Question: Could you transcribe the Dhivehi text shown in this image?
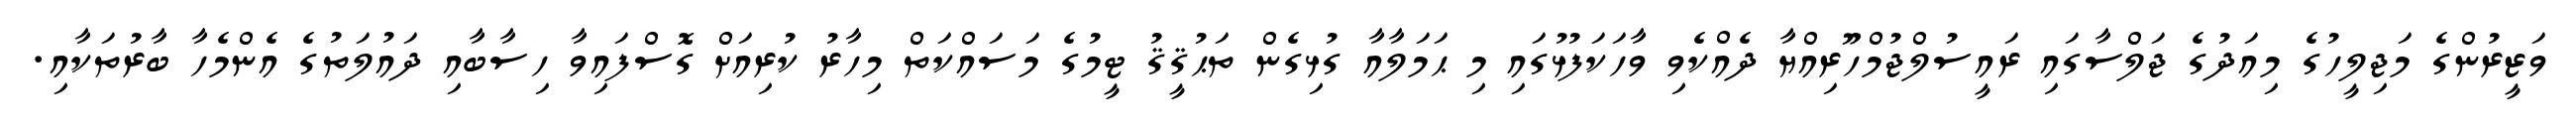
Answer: ވަޒީރުންގެ މަޖިލީހުގެ މިއަދުގެ ޖަލްސާގައި ރައީސުލްޖުމްހޫރިއްޔާ ދެއްކެވި ވާހަކަފުޅުގައި މި ޙަމަލާއާ ގުޅިގެން ތަޙުޤީޤު ޓީމުގެ މަސައްކަތް މިހާރު ކުރިއަށް ގޮސްފައިވާ ހިސާބާއި ދައުލަތުގެ އެންމެހާ ބާރުތަކާއި.